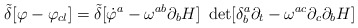
\begin{align*}{\tilde\delta}[\varphi -\varphi _{cl}]={\tilde\delta}[{\dot\varphi ^{a}-\omega^{ab}\partial_{b}H]~\det [\delta^{a}_{b}\partial_{t}-\omega^{ac}\partial_{c}\partial_{b}H}]\end{align*}